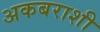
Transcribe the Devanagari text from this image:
अकबराशी